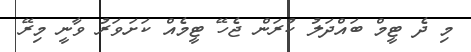
މި ދެ ޓީމް ބައްދަލު ކުރަން ޖެހޭ ޓީމެއް ކަށަވަރު ވާނީ މިރޭ